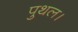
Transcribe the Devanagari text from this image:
पुथल।